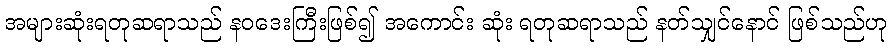
အများဆုံးရတုဆရာသည် နဝဒေးကြီးဖြစ်၍ အကောင်း ဆုံး ရတုဆရာသည် နတ်သျှင်နောင် ဖြစ်သည်ဟု